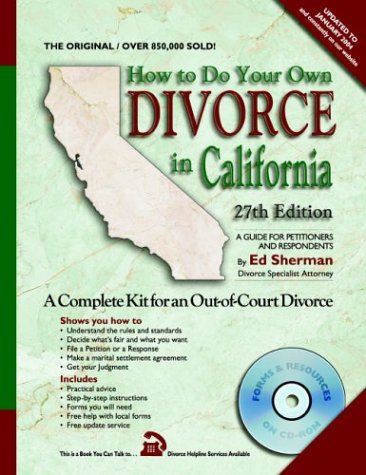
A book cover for How to Do Your Own Divorce in California : Out-of-Court Divorce, A Complete Kit (27th Edition); Ed Sherman; Law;